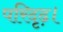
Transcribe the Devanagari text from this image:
परिदृढ़।